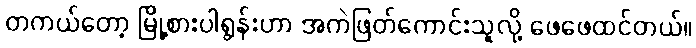
တကယ်တော့ မြို့စားပါရွန်းဟာ အကဲဖြတ်ကောင်းသူလို့ ဖေဖေထင်တယ်။